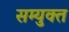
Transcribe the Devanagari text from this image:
सम्युक्त